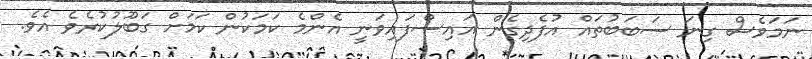
ނަމަވެސް ގިނަ ސަބަބުތައް އުފެދިގެން އައިސްފައިވަނީ އެންމެ ކަމަކުން ކަމަށް ގަބޫލުކުރެވެ އެވެ.